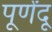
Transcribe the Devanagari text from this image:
पूर्णेंदू